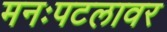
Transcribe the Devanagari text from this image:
मनःपटलावर